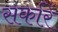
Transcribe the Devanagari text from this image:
सर्कारें